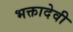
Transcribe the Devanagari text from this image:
भक्तादेवी